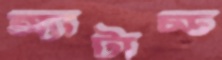
অ্যাটাচ্ড